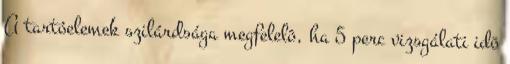
A tartóelemek szilárdsága megfelelõ, ha 5 perc vizsgálati idõ